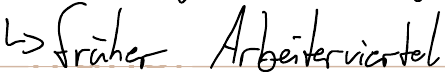
-> früher Arbeiterviertel